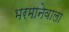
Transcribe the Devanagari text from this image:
भरमानेवाला